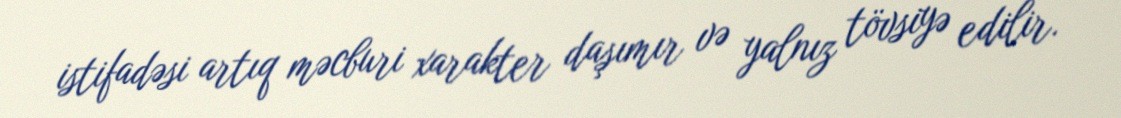
istifadəsi artıq məcburi xarakter daşımır və yalnız tövsiyə edilir.